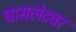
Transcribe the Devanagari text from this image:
घासलेटवर